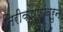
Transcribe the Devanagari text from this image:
निरीक्षणांवरुन